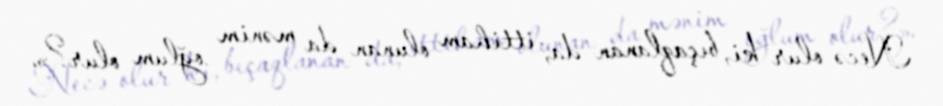
Necə olur ki, bıçaqlanan da, ittiham olunan da mənim oğlum olur?».